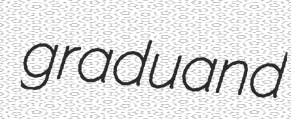
graduand